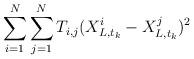
LaTeX: \begin{align*}\sum^{N}_{i=1}\sum^{N}_{j=1}T_{i,j}(X_{L,t_{k}}^{i}-X_{L,t_{k}}^{j})^{2}\end{align*}